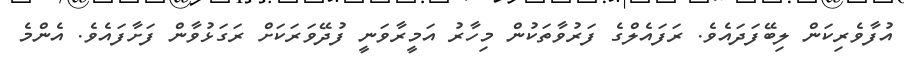
އުފާވެރިކަން ލިބޭފަދައެވެ. ރަފައެލްގެ ފަރުވާތަކުން މިހާރު އަމީރާވަނީ ފުދޭވަރަކަށް ރަގަޅުވާން ފަށާފައެވެ. އެންމެ